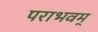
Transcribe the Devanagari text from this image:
पराभवम्‌